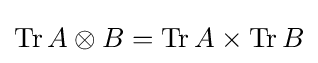
\operatorname {Tr} A\otimes B=\operatorname {Tr} A\times \operatorname {Tr} B